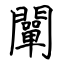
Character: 闡